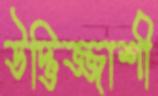
উদ্ভিজ্জাশী